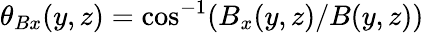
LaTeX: \theta_{Bx}(y,z)=\mathrm{cos^{-1}}(B_{x}(y,z)/B(y,z))